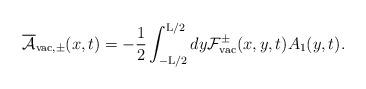
LaTeX: \begin{align*}\overline{\cal A}_{{\rm vac},\pm}(x,t) = - \frac{1}{2}\int_{-{\rm L}/2}^{{\rm L}/2} dy {\cal F}_{\rm vac}^{\pm}(x,y,t) A_1(y,t).\end{align*}